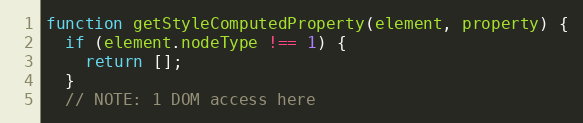
Language: JavaScript
function getStyleComputedProperty(element, property) {
  if (element.nodeType !== 1) {
    return [];
  }
  // NOTE: 1 DOM access here